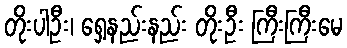
တိုးပါဦး၊ ရှေ့နည်းနည်း တိုးဦး ကြီးကြီးမေ